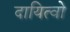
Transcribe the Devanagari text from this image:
दायित्वो